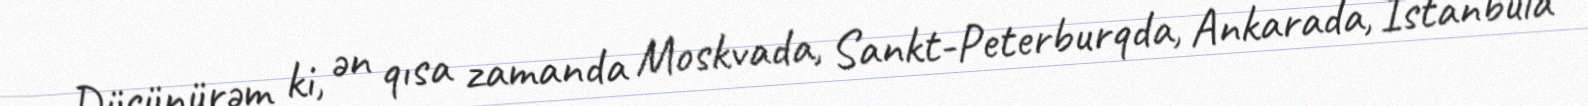
Düşünürəm ki, ən qısa zamanda Moskvada, Sankt-Peterburqda, Ankarada, İstanbula